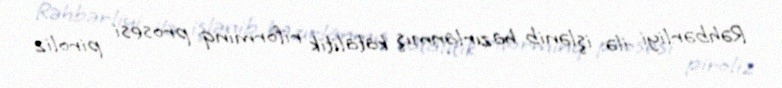
Rəhbərliyi ilə işlənib hazırlanmış katalitik riforminq prosesi piroliz